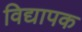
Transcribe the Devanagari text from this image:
विद्यापक